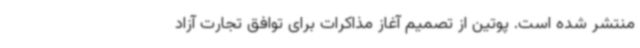
منتشر شده است. پوتین از تصمیم آغاز مذاکرات برای توافق تجارت آزاد